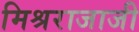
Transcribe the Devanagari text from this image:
मिश्रराजाजी